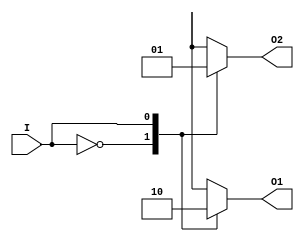
`timescale 1ns / 1ps
//////////////////////////////////////////////////////////////////////////////////

// ID          : N180116
//Branch       : ECE
//Project Name : RTL design using Verilog
//Design  Name : 3 TO 8 DECODER USING 1 TO 2 DECODER AND 2 TO 4 DECODER
//Module  Name : 1 TO 2 DECODER DESIGN MODULE
//RGUKT NUZVID 
//////////////////////////////////////////////////////////////////////////////////


module DECODER_1x2(I,O1,O2);
input I;
output reg O1,O2;

always@(I) begin
case(I)
1'b0    :   begin O1=1'b1;O2=1'b0; end
1'b1    :   begin O1=1'b0;O2=1'b1; end
default :   begin O1=1'bx;O2=1'bx; end
endcase
end 

endmodule